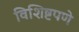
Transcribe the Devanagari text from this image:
विशिष्टपणे